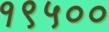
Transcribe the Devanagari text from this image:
१९५००